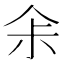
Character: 𠈒